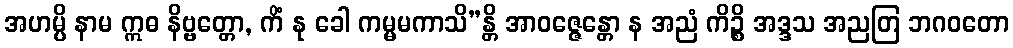
အဟမ္ပိ နာမ ဣဓ နိဗ္ဗတ္တော, ကိံ နု ခေါ ကမ္မမကာသိ”န္တိ အာဝဇ္ဇေန္တော န အညံ ကိဉ္စိ အဒ္ဒသ အညတြ ဘဂဝတော